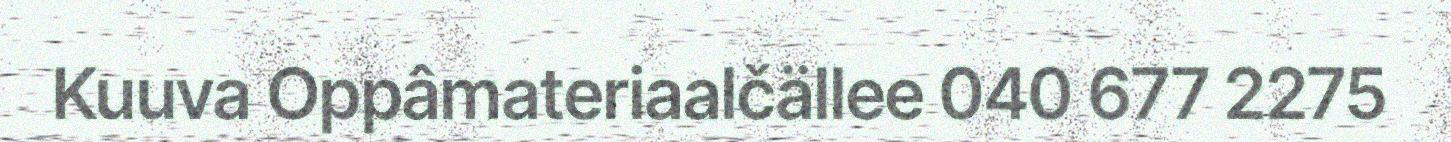
Kuuva Oppâmateriaalčällee 040 677 2275